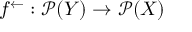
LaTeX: f ^ { \leftarrow } : { \mathcal { P } } ( Y ) \rightarrow { \mathcal { P } } ( X )